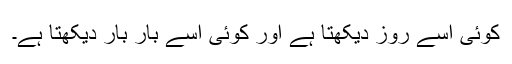
کوئی اسے روز دیکھتا ہے اور کوئی اسے بار بار دیکھتا ہے۔